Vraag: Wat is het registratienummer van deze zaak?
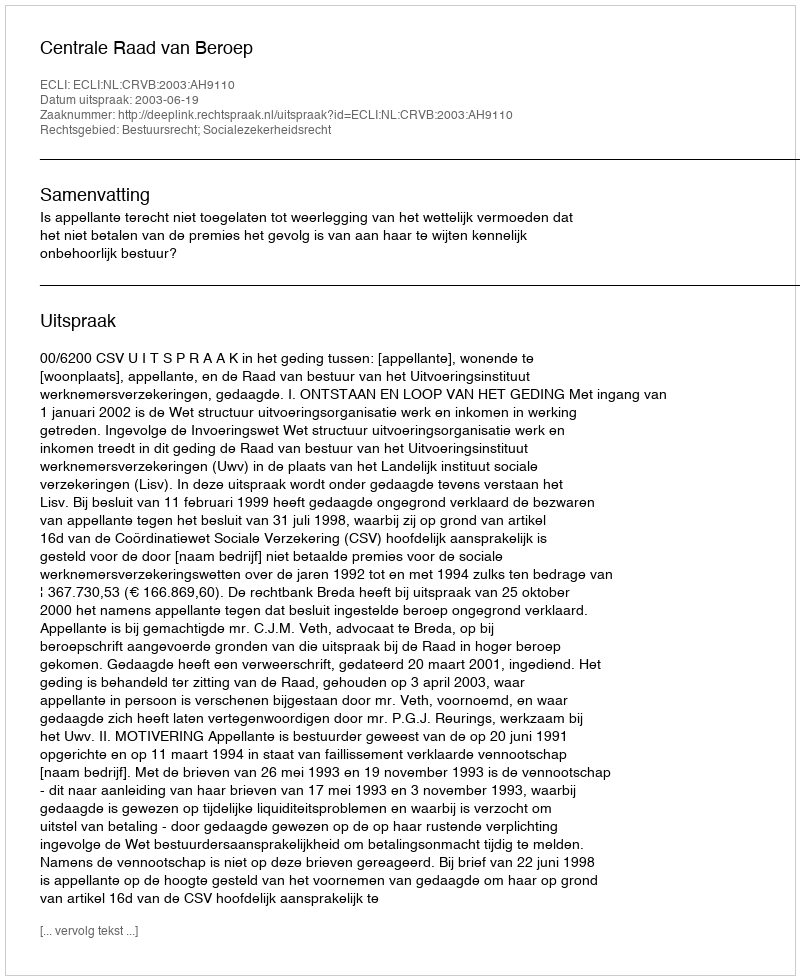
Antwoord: http://deeplink.rechtspraak.nl/uitspraak?id=ECLI:NL:CRVB:2003:AH9110